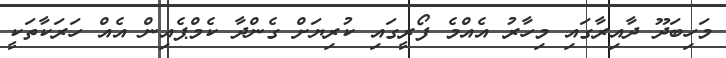
މަހިބަދޫ ދާއިރާގައި މިހާރު އެއްމެ ފޯރީގައި ކުރިޔަށް ގެންދާ ކެމްޕެއިން އެއް ހަރަކާތަކީ